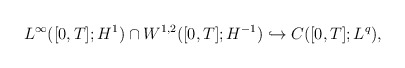
\begin{align*}L^\infty([0,T];H^1)\cap W^{1,2}([0,T];H^{-1})\hookrightarrow C([0,T];L^q),\end{align*}